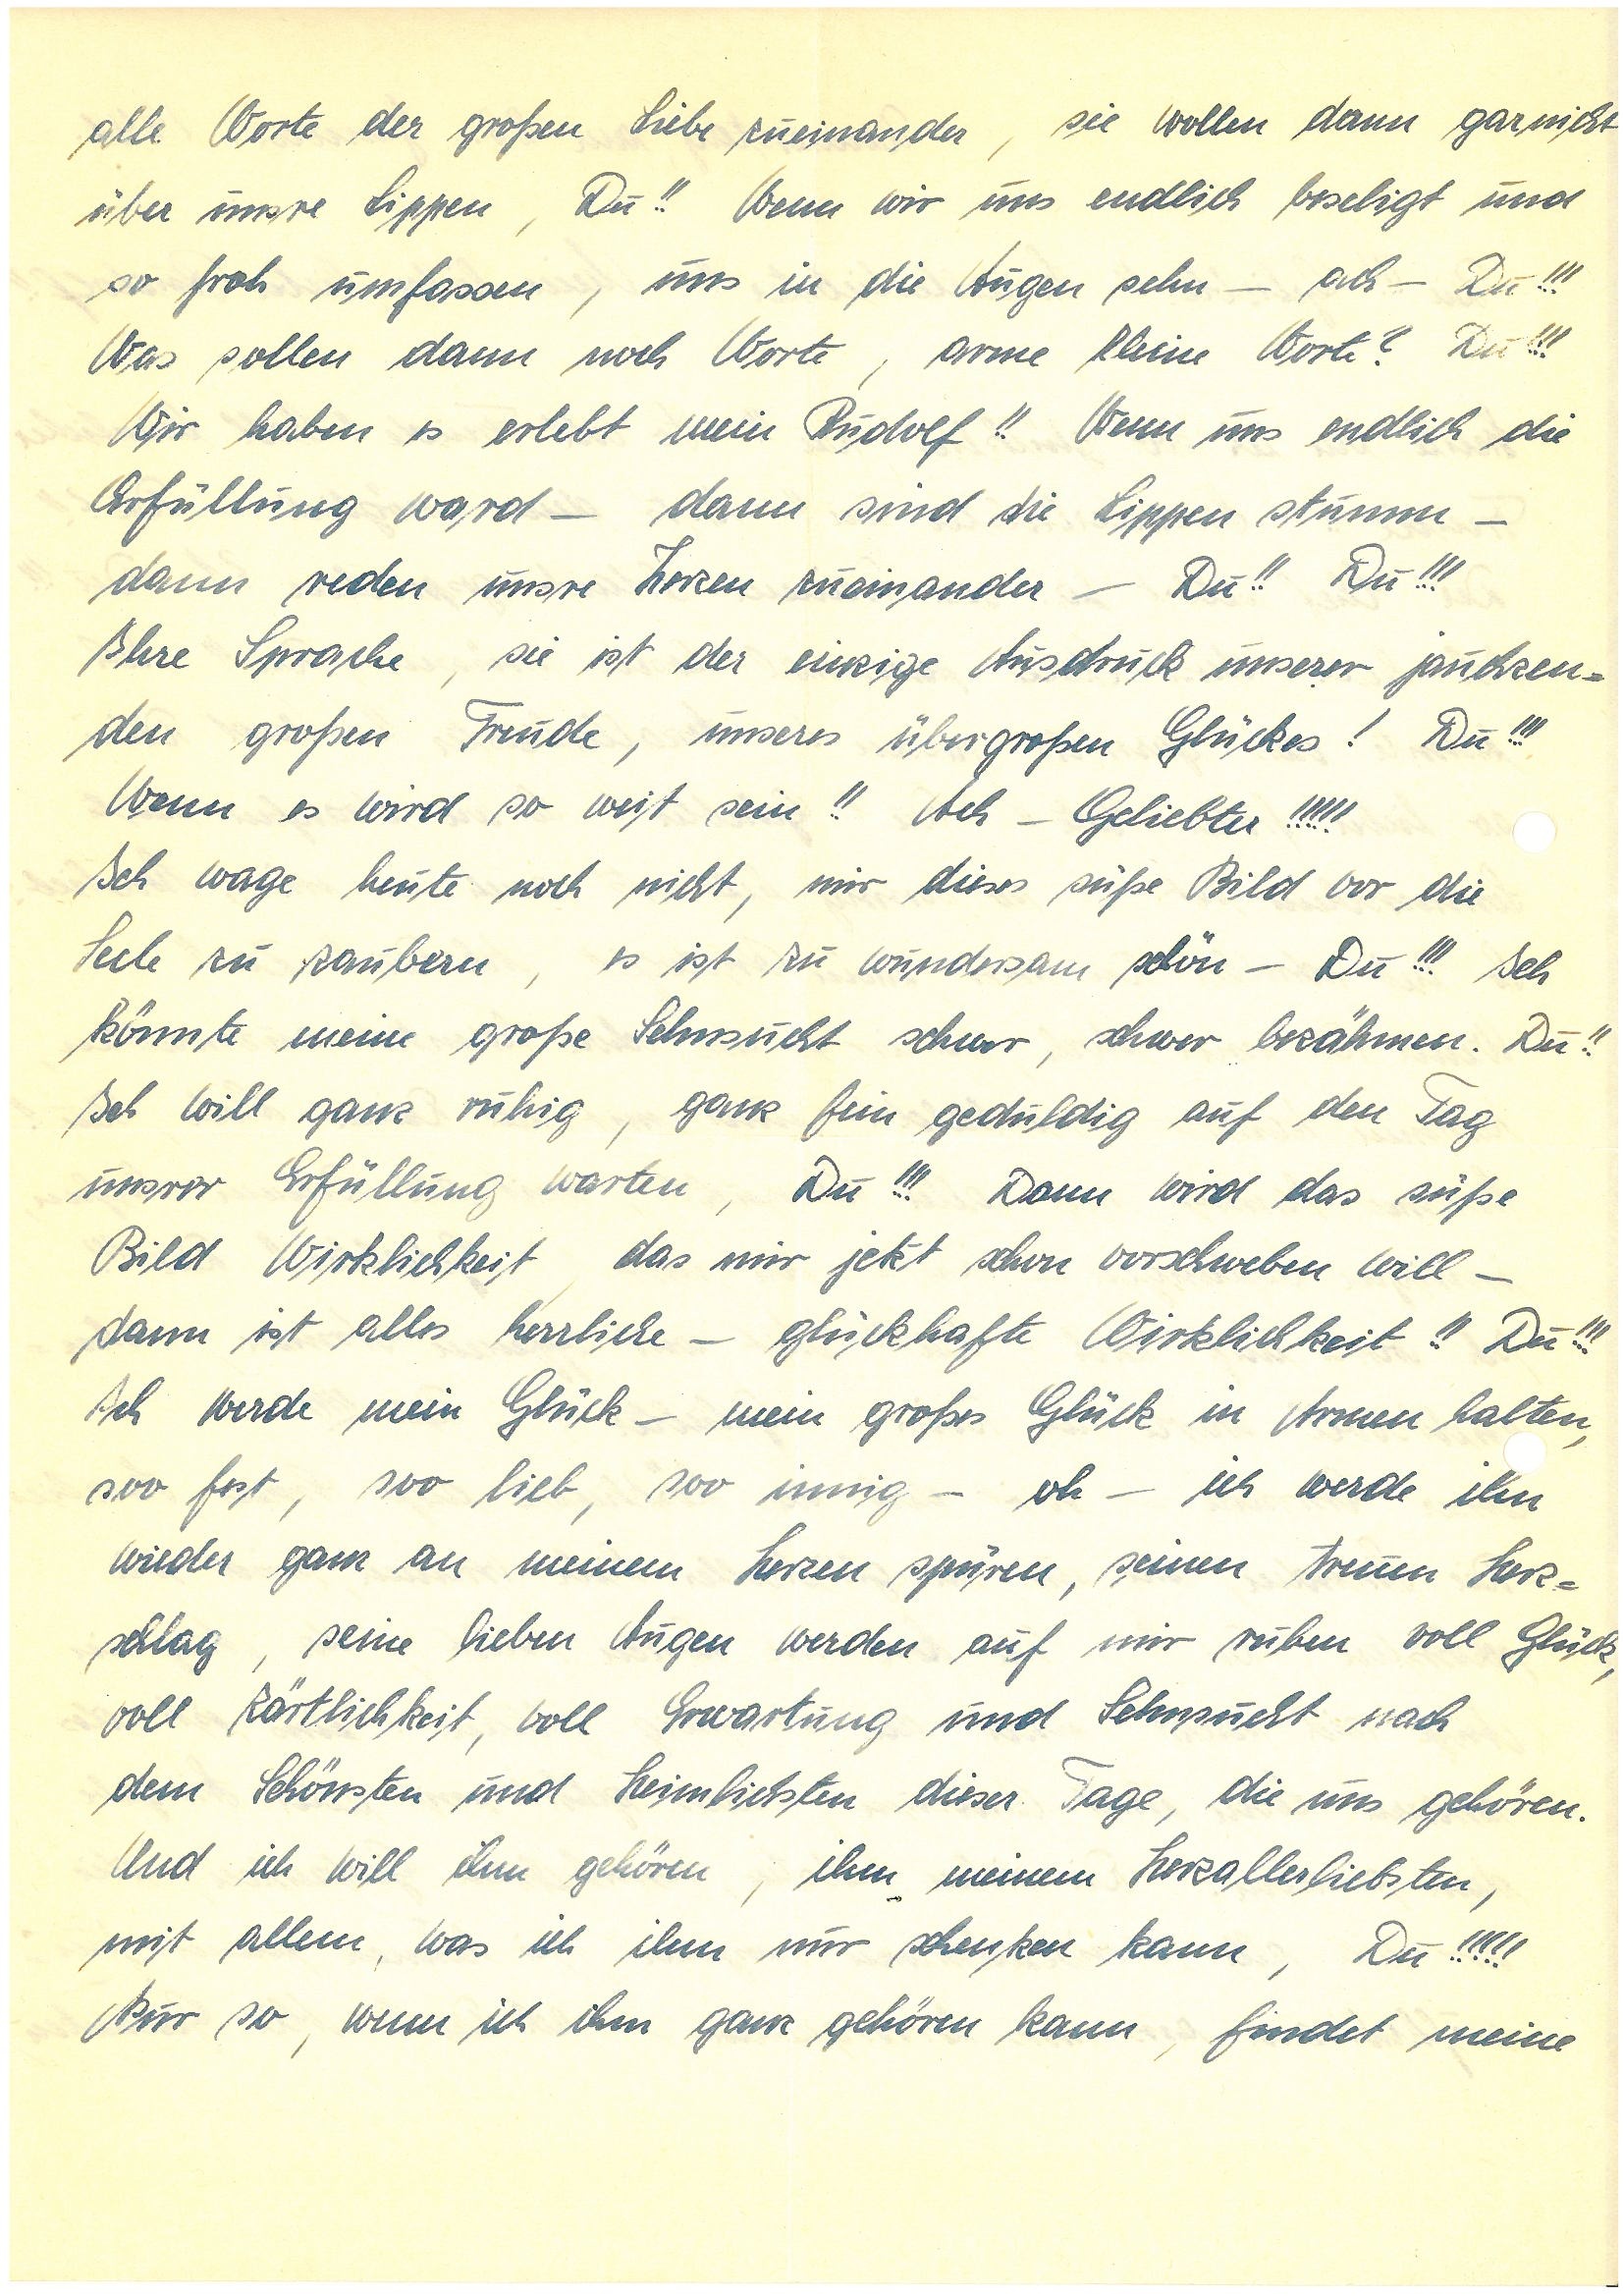
alle Worte der großen Liebe zueinander, sie wollen dann garnicht
über unsre Lippen, Du!! Wenn wir uns endlich beseligt und
so froh umfassen, uns in die Augen sehn – ach – Du!!!
Was sollen dann noch Worte, arme kleine Worte? Du!!!
Wir haben es erlebt mein!! Wenn uns endlich die
Erfüllung ward – dann sind die Lippen stumm –
dann reden unsre Herzen zueinander – Du!! Du!!!
Ihre Sprache, sie ist der einzige Ausdruck unserer jauchzen¬
den großen Freude, unseres übergroßen Glückes! Du!!!
Wenn es wird so weit sein!! Ach – Geliebter!!!!!
Ich wage heute noch nicht, mir dieses süße Bild vor die
Seele zu zaubern, es ist zu wundersam schön – Du!!! Ich
könnte meine große Sehnsucht schwer, schwer bezähmen. Du!!
Ich will ganz ruhig, ganz fein geduldig auf den Tag
unsrer Erfüllung warten, Du!!! Dann wird das süße
Bild Wirklichkeit, das mir jetzt schon vorschweben will –
dann ist alles herrliche – glückhafte Wirklichkeit!! Du!!!
Ich werde mein Glück – mein großes Glück in Armen halten,
soo fest, soo lieb, soo innig – oh – ich werde ihn
wieder ganz an meinem Herzen spüren, seinen treuen Herz¬
schlag, seine lieben Augen werden auf mir ruhen voll Glück,
voll Zärtlichkeit, voll Erwartung und Sehnsucht nach
dem Schönsten und Heimlichsten dieser Tage, die uns gehören.
Und ich will ihm gehören, ihm, meinem Herzallerliebsten,
mit allem, was ich ihm nur schenken kann, Du!!!!!
Nur so, wenn ich ihm ganz gehören kann, findet meine